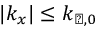
| k _ { x } | \leq k _ { \perp , 0 }